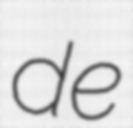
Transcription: de